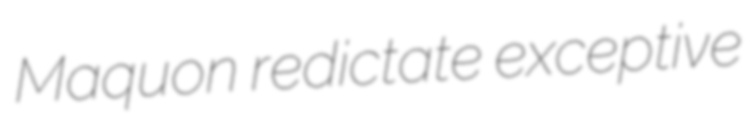
Maquon redictate exceptive